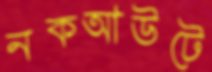
নকআউটে